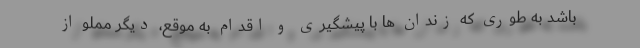
باشد به طوری که زندان ها با پیشگیری و اقدام به موقع، دیگر مملو از